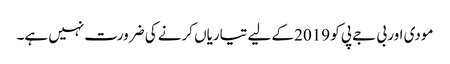
مودی اور بی جے پی کو 2019 کے لیے تیاریاں کرنے کی ضرورت نہیں ہے۔